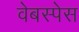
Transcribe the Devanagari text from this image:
वेबस्पेस